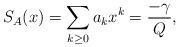
LaTeX: \begin{align*}S_{A}(x)=\sum_{k\geq 0}a_{k}x^{k}={-\gamma\over Q},\end{align*}